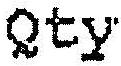
QTY